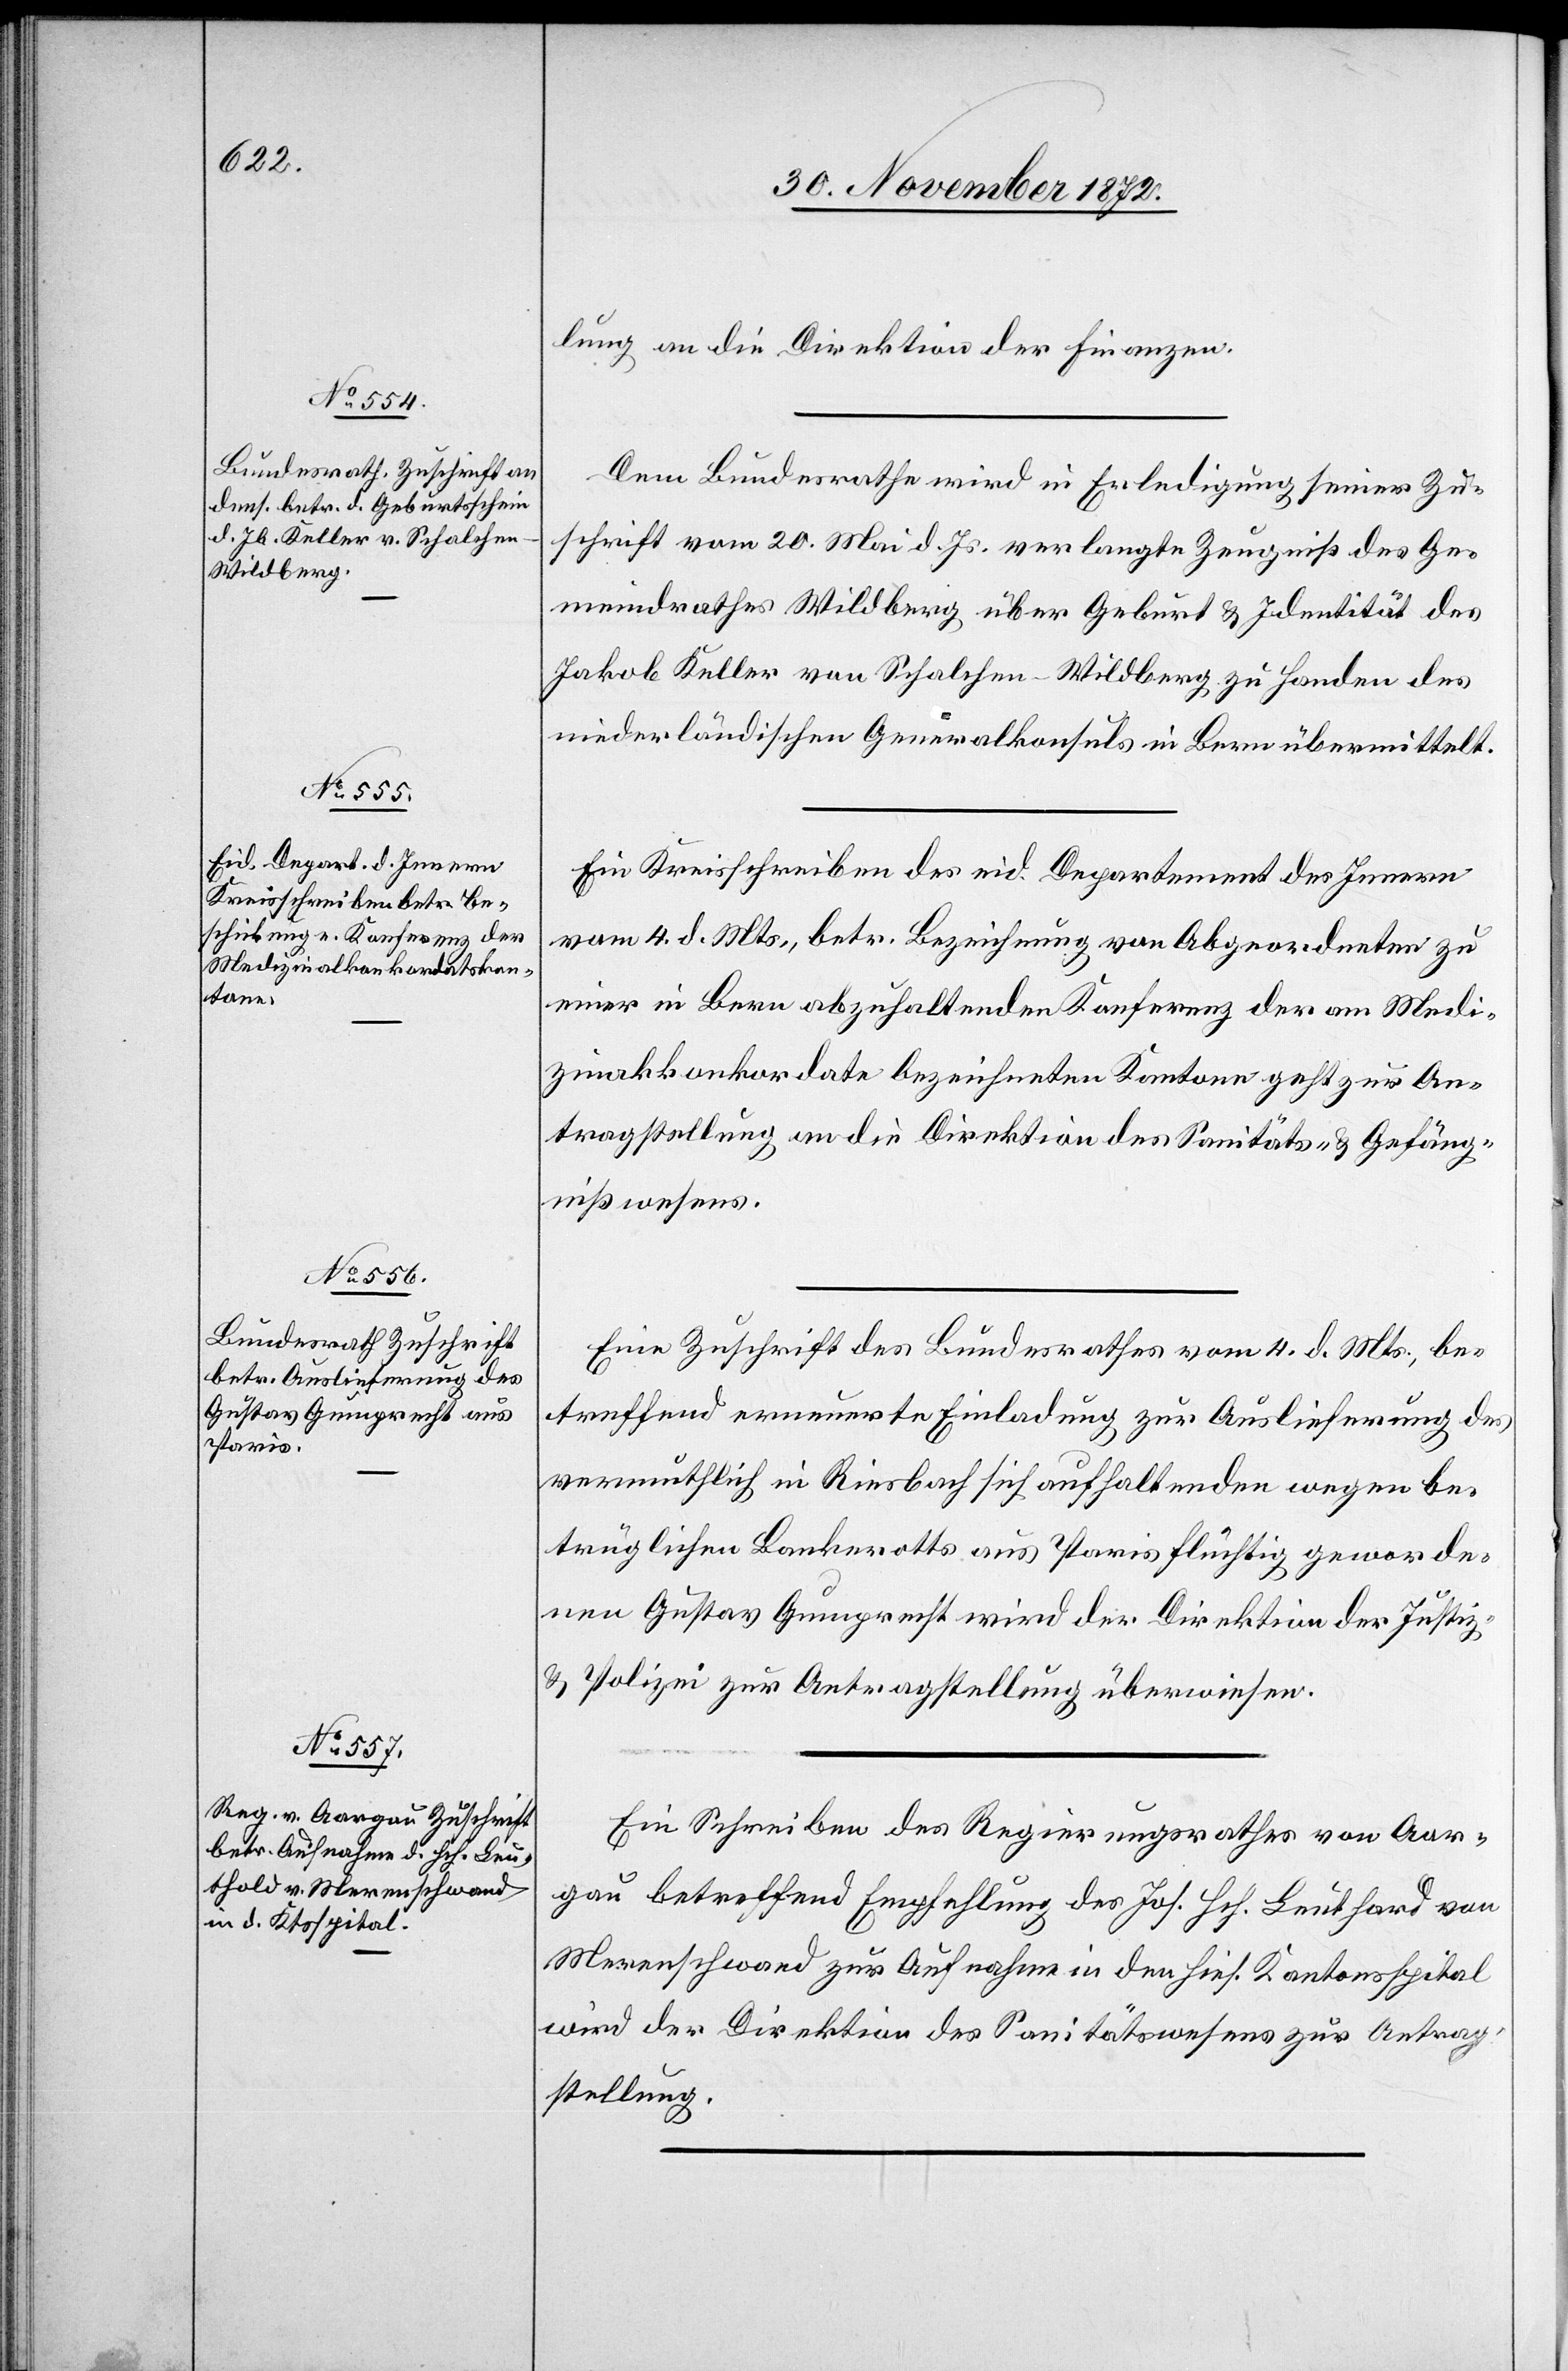
6. December 1872.]
lung an die Direktion der Finanzen.
Dem Bundesrathe wird in Erledigung seiner Zu¬
schrift vom 20. Mai d. Js. verlangte Zeugniß des Ge¬
meindrathes Wildberg über Geburt u. Identität des
Jakob Keller von Schalchen-Wildberg zu Handen des
niederländischen Generalkonsuls in Bern übermittelt.
Ein Kreisschreiben des eid. Departement des Innern
vom 4. d. Mts., betr. Bezeichnung von Abgeordneten zu
einer in Bern abzuhaltenden Konferenz der am Medi¬
zinalkonkordate bezeichneten Kantone geht zur An¬
tragstellung an die Direktion des Sanitäts- u. Gefäng¬
nißwesens.
Eine Zuschrift des Bundesrathes vom 4. d. Mts., be¬
treffend erneuerte Einladung zur Auslieferung des
vermuthlich in Riesbach sich aufhaltenden wegen be¬
trüglichen Bankerotts aus Paris flüchtig geworde¬
nen Gustav Gumprecht wird der Direktion der Justiz
u. Polizei zur Antragstellung überwiesen.
Ein Schreiben des Regierungsrathes von Aar¬
gau betreffend Empfehlung des Jos. Hch. Leuthard
Merenschwand zur Aufnahme in den hies. Kantonsspital
wird der Direktion des Sanitäts- u. Gefängnißwesens zur Antrag¬
stellung